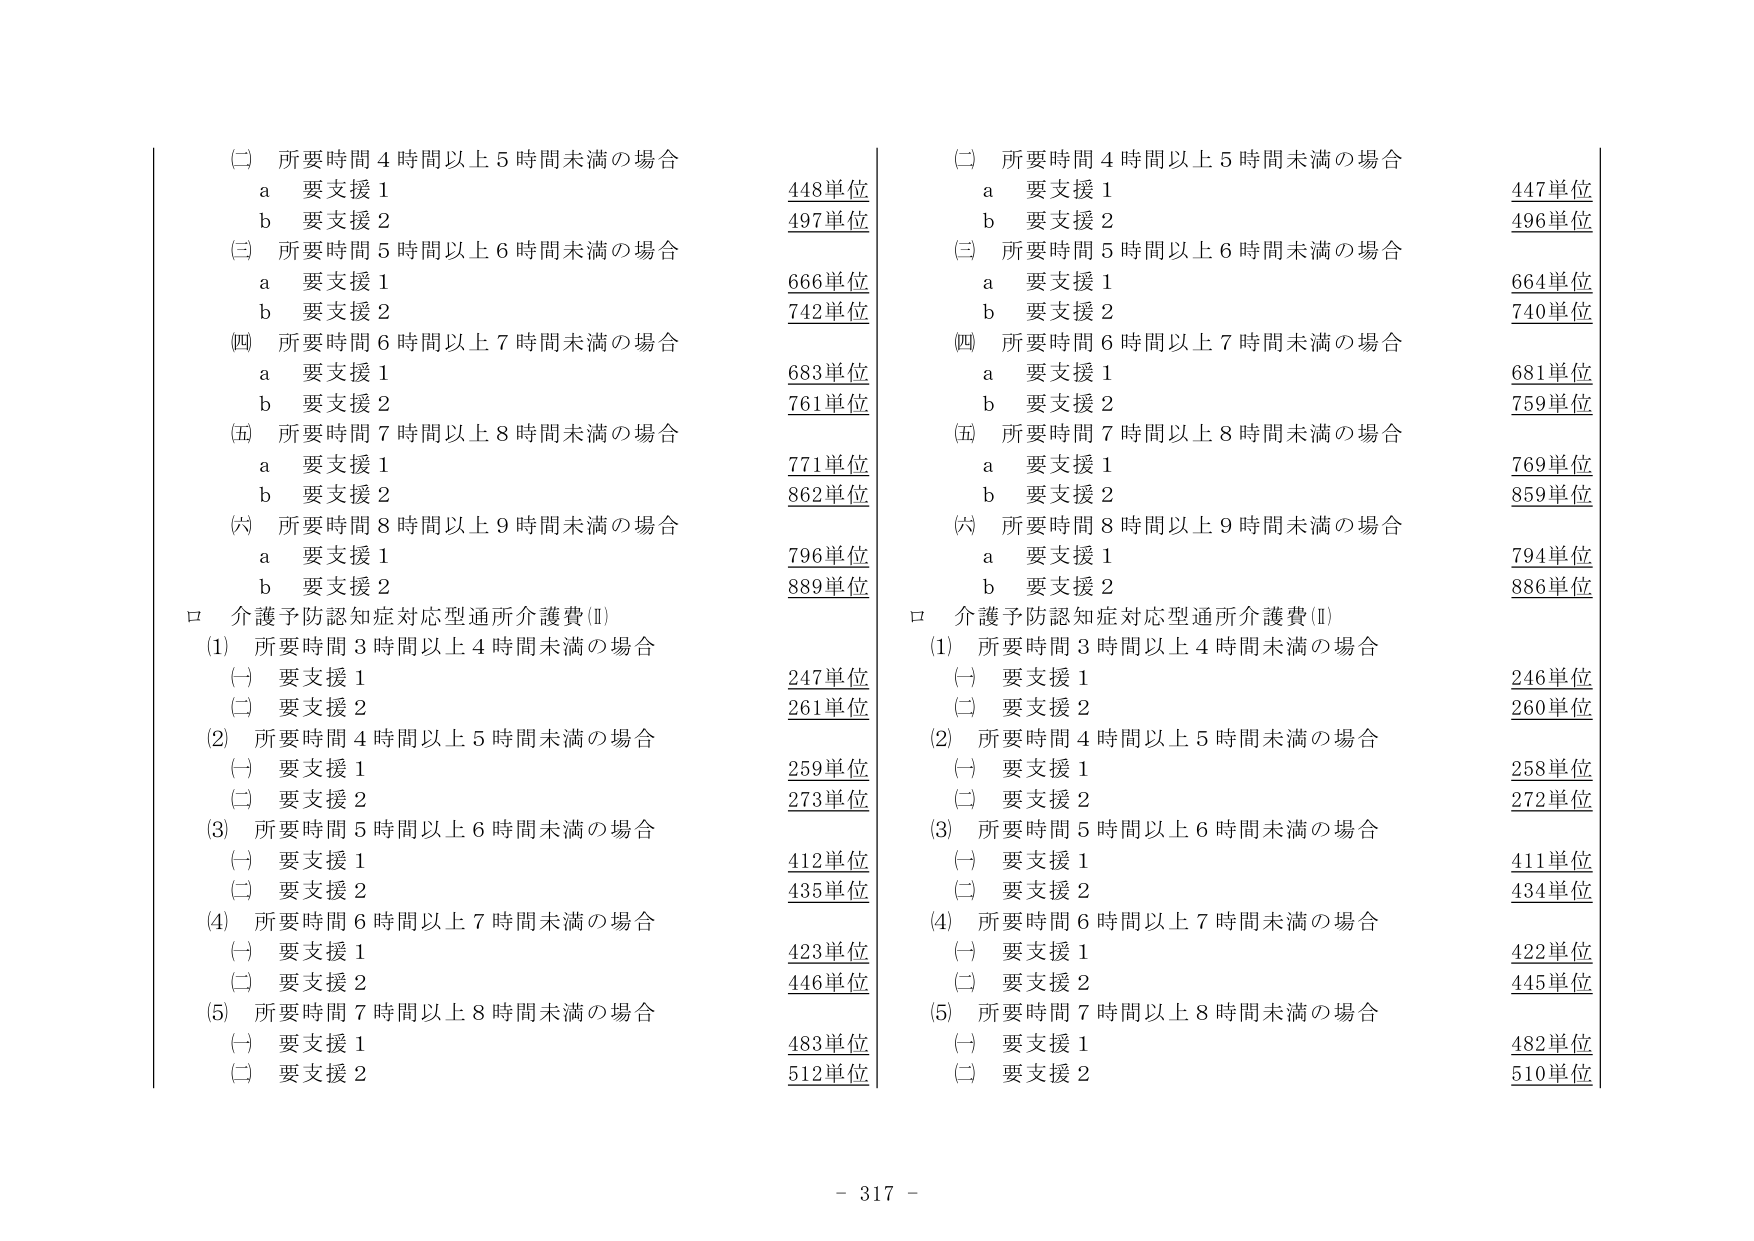
(二) 所要時間４時間以上５時間未満の場合
　a 要支援１　　　　　　　　　　　　　　　　　　448単位
　b 要支援２　　　　　　　　　　　　　　　　　　497単位
(三) 所要時間５時間以上６時間未満の場合
　a 要支援１　　　　　　　　　　　　　　　　　　666単位
　b 要支援２　　　　　　　　　　　　　　　　　　742単位
(四) 所要時間６時間以上７時間未満の場合
　a 要支援１　　　　　　　　　　　　　　　　　　683単位
　b 要支援２　　　　　　　　　　　　　　　　　　761単位
(五) 所要時間７時間以上８時間未満の場合
　a 要支援１　　　　　　　　　　　　　　　　　　771単位
　b 要支援２　　　　　　　　　　　　　　　　　　862単位
(六) 所要時間８時間以上９時間未満の場合
　a 要支援１　　　　　　　　　　　　　　　　　　796単位
　b 要支援２　　　　　　　　　　　　　　　　　　889単位

□ 介護予防認知症対応型通所介護費(Ⅱ)
(1) 所要時間３時間以上４時間未満の場合
　(一) 要支援１　　　　　　　　　　　　　　　　247単位
　(二) 要支援２　　　　　　　　　　　　　　　　261単位
(2) 所要時間４時間以上５時間未満の場合
　(一) 要支援１　　　　　　　　　　　　　　　　259単位
　(二) 要支援２　　　　　　　　　　　　　　　　273単位
(3) 所要時間５時間以上６時間未満の場合
　(一) 要支援１　　　　　　　　　　　　　　　　412単位
　(二) 要支援２　　　　　　　　　　　　　　　　435単位
(4) 所要時間６時間以上７時間未満の場合
　(一) 要支援１　　　　　　　　　　　　　　　　423単位
　(二) 要支援２　　　　　　　　　　　　　　　　446単位
(5) 所要時間７時間以上８時間未満の場合
　(一) 要支援１　　　　　　　　　　　　　　　　483単位
　(二) 要支援２　　　　　　　　　　　　　　　　512単位

(二) 所要時間４時間以上５時間未満の場合
　a 要支援１　　　　　　　　　　　　　　　　　　447単位
　b 要支援２　　　　　　　　　　　　　　　　　　496単位
(三) 所要時間５時間以上６時間未満の場合
　a 要支援１　　　　　　　　　　　　　　　　　　664単位
　b 要支援２　　　　　　　　　　　　　　　　　　740単位
(四) 所要時間６時間以上７時間未満の場合
　a 要支援１　　　　　　　　　　　　　　　　　　681単位
　b 要支援２　　　　　　　　　　　　　　　　　　759単位
(五) 所要時間７時間以上８時間未満の場合
　a 要支援１　　　　　　　　　　　　　　　　　　769単位
　b 要支援２　　　　　　　　　　　　　　　　　　859単位
(六) 所要時間８時間以上９時間未満の場合
　a 要支援１　　　　　　　　　　　　　　　　　　794単位
　b 要支援２　　　　　　　　　　　　　　　　　　886単位

□ 介護予防認知症対応型通所介護費(Ⅱ)
(1) 所要時間３時間以上４時間未満の場合
　(一) 要支援１　　　　　　　　　　　　　　　　246単位
　(二) 要支援２　　　　　　　　　　　　　　　　260単位
(2) 所要時間４時間以上５時間未満の場合
　(一) 要支援１　　　　　　　　　　　　　　　　258単位
　(二) 要支援２　　　　　　　　　　　　　　　　272単位
(3) 所要時間５時間以上６時間未満の場合
　(一) 要支援１　　　　　　　　　　　　　　　　411単位
　(二) 要支援２　　　　　　　　　　　　　　　　434単位
(4) 所要時間６時間以上７時間未満の場合
　(一) 要支援１　　　　　　　　　　　　　　　　422単位
　(二) 要支援２　　　　　　　　　　　　　　　　445単位
(5) 所要時間７時間以上８時間未満の場合
　(一) 要支援１　　　　　　　　　　　　　　　　482単位
　(二) 要支援２　　　　　　　　　　　　　　　　510単位

- 317 -